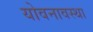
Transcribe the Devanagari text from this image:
योवनावस्था